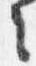
々